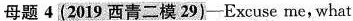
母题4 (2019 西青二模 29)—Excuse me, what